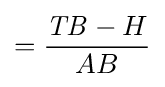
={\frac {{\mathit {TB}}-H}{AB}}